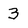
Character: 3